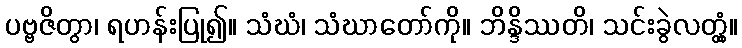
ပဗ္ဗဇိတွာ၊ ရဟန်းပြု၍။ သံဃံ၊ သံဃာတော်ကို။ ဘိန္ဒိဿတိ၊ သင်းခွဲလတ္တံ့။